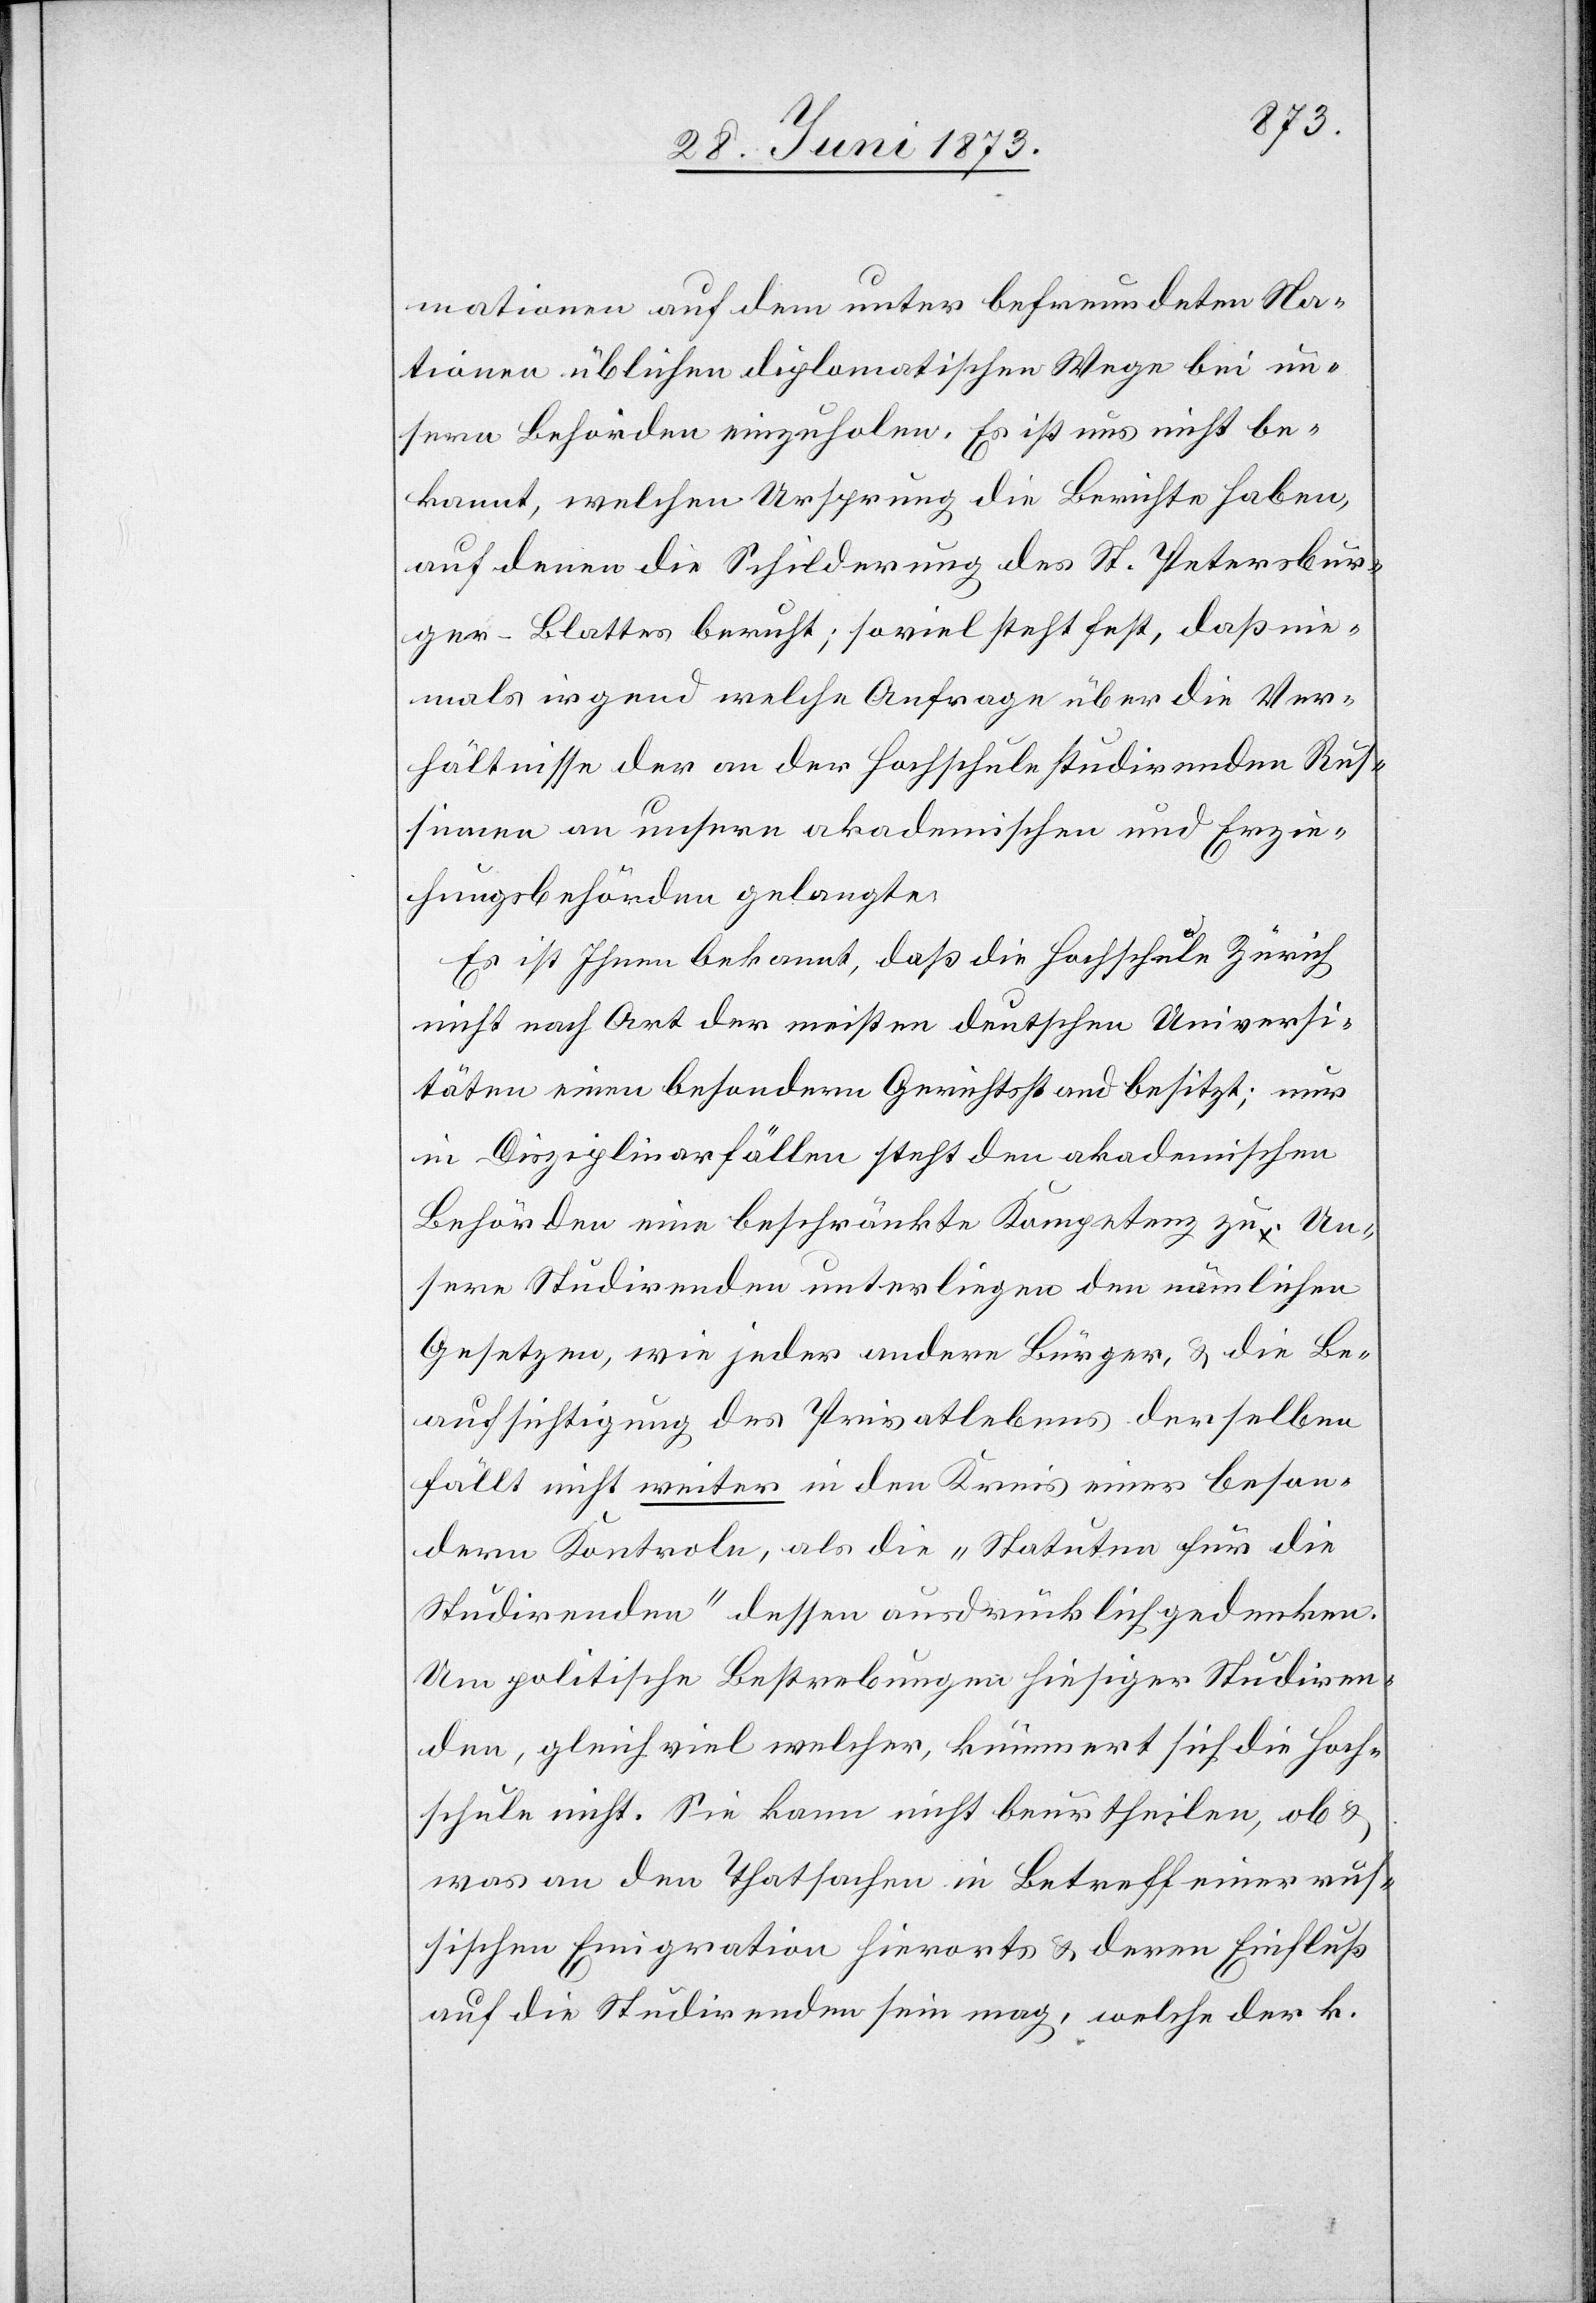
mationen auf dem unter befreundeten Na¬
tionen üblichen diplomatischen Wege bei un¬
sern Behörden einzuholen. Es ist uns nicht be¬
kannt, welchen Ursprung die Berichte haben,
auf denen die Schilderung des St. Petersbur¬
ger-Blattes beruht; soviel steht fest, daß nie¬
mals irgend welche Anfrage über die Ver¬
hältnisse der an der Hochschule studirenden Rus¬
sinnen an unsere akademischen und Erzie¬
hungsbehörden gelangte.
Es ist Ihnen bekannt, daß die Hochschule Zürich
nicht nach Art der meisten deutschen Universi¬
täten einen besondern Gerichtsstand besitzt; nur
in Disziplinarfällen steht den akademischen
Behörden eine beschränkte Kompetenz zu. Un¬
sere Studirenden unterliegen den nämlichen
Gesetzen, wie jeder andere Bürger, & die Be¬
aufsichtigung des Privatlebens derselben
fällt nicht weiter in den Kreis einer beson¬
dern Kontrole, als die „Statuten für die
Studirenden“ dessen ausdrücklich gedenken.
Um politische Bestrebungen hiesiger Studiren¬
den, gleichviel welcher, kümmert sich die Hoch¬
schule nicht. Sie kann nicht beurtheilen, ob &
was an den Thatsachen in Betreff einer rus¬
sischen Emigration hierorts & deren Einfluß
auf die Studirenden sein mag, welche der k.